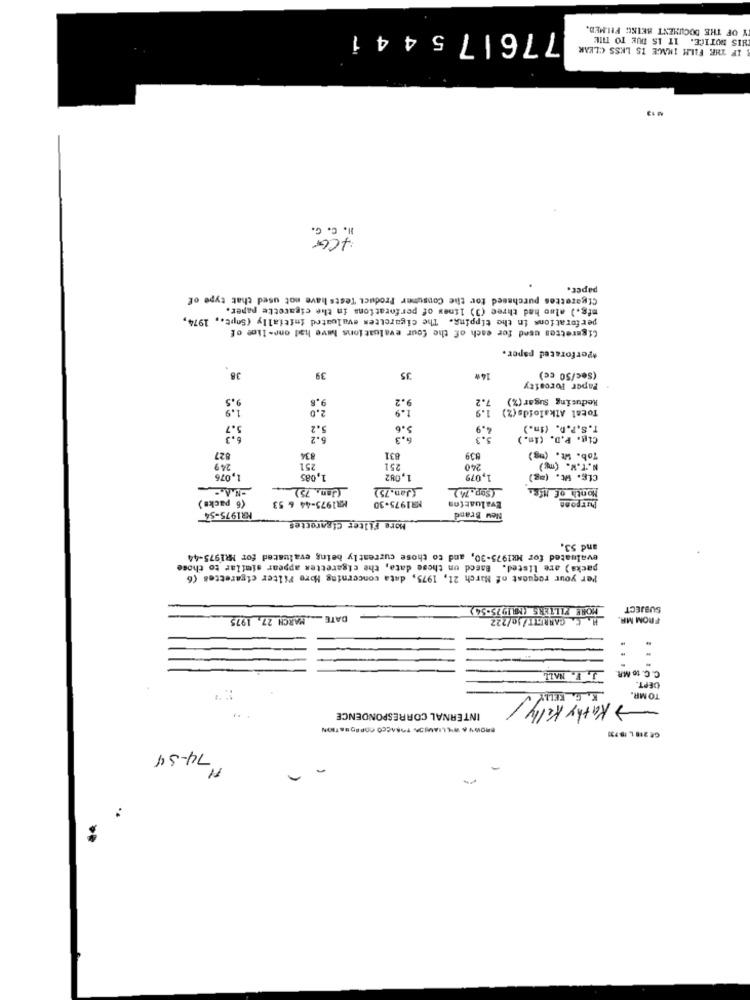
Y OF THE DOCUMENT BEIKG FELMED.
776175441
THIS NOTICE. IT IS DUE TO THE
IF THE FILM IMAGE IS LESS CLEAR
M 13
J . c . G .
+CG
paper.
Cigarettes purchased for the Consumer Product Tests have not used that type of
mfg.) almo had three (3) lines of perforations in the cigarette paper.
perforations in the tipping. The cigarettes evaluated initially (Sopt ., 1974,
Cigarettes used for each of the four evaluations have had one-line of
*perforated paper.
38
39
35
14w
(Sec/50 cc)
Paper Forosity
9.5
9.2
Reducing Sugar (%)
1.9
Total Alkaloids (%)
5.2
5.6
T.S.P.D. (im.)
6.2
6.3
Cig. P.D. (In.)
827
249
834
831
839
Tob. Wt. (mg)
251
251
240
N.T.W. (mg)
1,076
1,085
1,082
1,079
CLg. Wt. (ag)
Jan. 75)
Jan. 75)
(Sop. M )
Month of Mfs:
(6 packs)
MR1975-44 & 53
Purpose
MR1975-30
Evaluation
MR1975-54
New Brand
More Filter Cigarettes
and 53.
evaluated for MR1975-30, and to those currently being evaluated for MR1975-44
packa ) are listed. Based on these data, the cigarettes appear similar to those
Per your request of March 21, 1975, data concerning More Filter cigarettes (6
MORE FILTERS (MILI!)75-54)
SUBJECT
DATE __. MARCH 27, 1975
.C. GARRETT/10/222
FROM MR.
C. C. to MR
SEPT.
K. G. KELLY
TO MR.
-> Kathy Kelly/
INTERNAL CORRESPONDENCE
BROWN A WILLIAMSON TOBACCO CORPORATION
GE 218 L 18 731
74-34
-